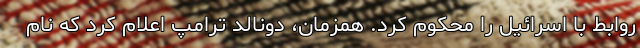
روابط با اسرائیل را محکوم کرد. همزمان، دونالد ترامپ اعلام کرد که نام